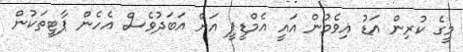
މީގެ ކުރިން އަޑު އިވެމުން އައީ އެމްޑީޕީ އަށް އަބަދުވެސް އެހެން ޕާޓީތަކުން